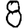
Digit: 8